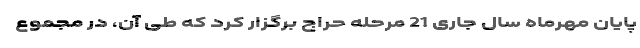
پایان مهرماه سال جاری 21 مرحله حراج برگزار کرد که طی آن، در مجموع